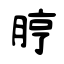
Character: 脝